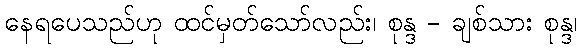
နေရပေသည်ဟု ထင်မှတ်သော်လည်း၊ စုန္ဒ - ချစ်သား စုန္ဒ၊